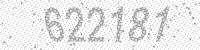
Solution: 622181